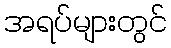
အရပ်များတွင်